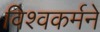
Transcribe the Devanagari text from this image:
विश्वकर्मने